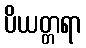
ပိယတ္တရာ